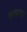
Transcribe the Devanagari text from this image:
काढतच